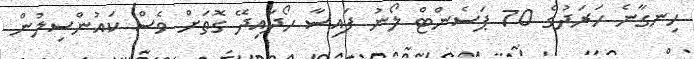
ހިނގާނެ ހަރަދުގެ 70 ޕަސެންޓް ލޯނު ފައިސާ ހޯދައިދޭ ގޮތަށް ވެސް ކައުންސިލުން